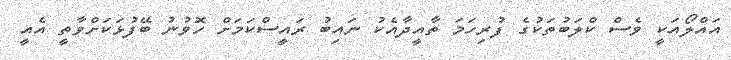
އައްލޯއަކީ ވެސް ކްލަބުތަކުގެ ފުރިހަމަ ތާއީދާއެކު ނައިބު ރައީސްކަމަށް ހޮވުނު ބޭފުޅަކަށްވާތީ އެއީ